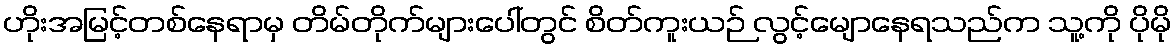
ဟိုးအမြင့်တစ်နေရာမှ တိမ်တိုက်များပေါ်တွင် စိတ်ကူးယဉ် လွင့်မျောနေရသည်က သူ့ကို ပိုမို